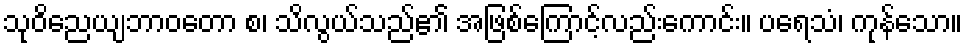
သုဝိညေယျဘာဝတော စ၊ သိလွယ်သည်၏ အဖြစ်ကြောင့်လည်းကောင်း။ ပရေသံ၊ ကုန်သော။